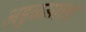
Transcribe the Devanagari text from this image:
अडुळसाला